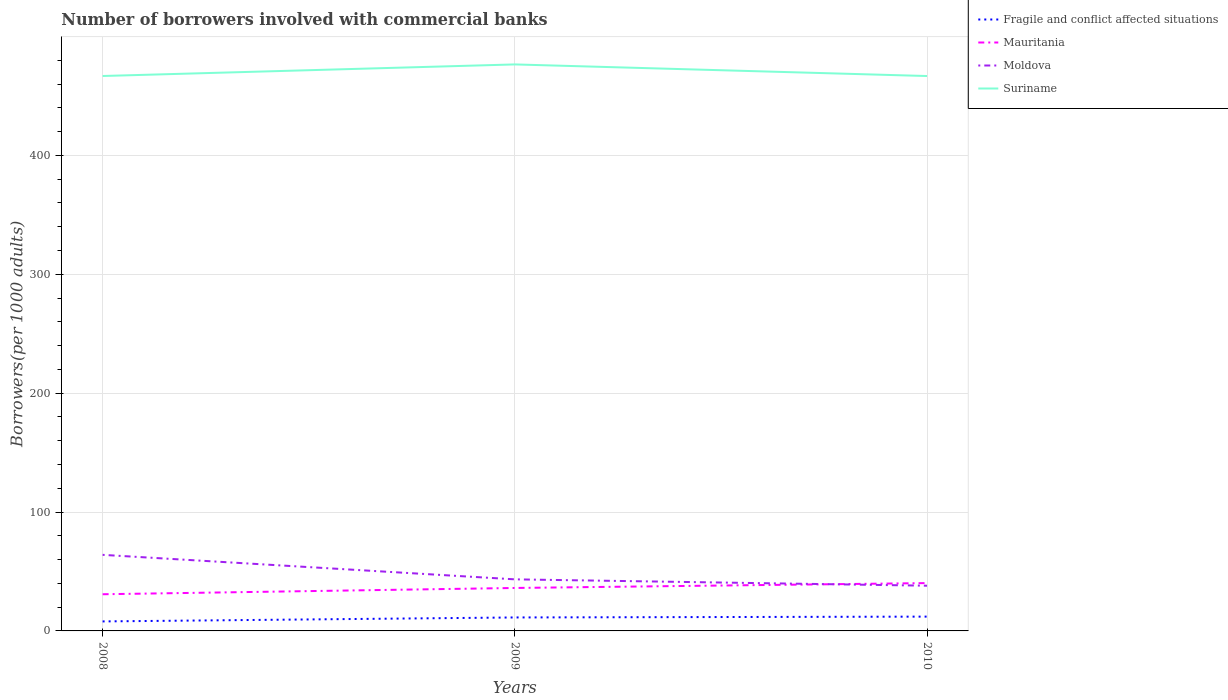
| Years | Fragile and conflict affected situations | Mauritania | Moldova | Suriname |
 | --- | --- | --- | --- | --- |
 | 2008 | 7.99 | 30.8 | 64 | 467 |
 | 2009 | 11.3 | 36.1 | 43.4 | 476 |
 | 2010 | 12 | 40.2 | 38 | 467 |